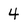
Character: 4